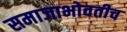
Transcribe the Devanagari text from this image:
समाजाभोवतीच